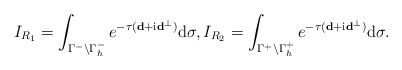
\begin{align*} I_{R_1}=\int_{\Gamma^-\setminus \Gamma^-_h}e^{-\tau (\mathbf d+\mathrm i\mathbf d^\perp)}\mathrm d\sigma,I_{R_2}=\int_{\Gamma^+\setminus \Gamma^+_h}e^{-\tau (\mathbf d+\mathrm i\mathbf d^\perp)}\mathrm d\sigma. \end{align*}